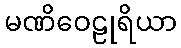
မဏိဝေဠုရိယာ